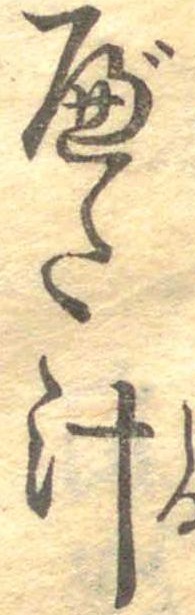
べた汁